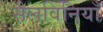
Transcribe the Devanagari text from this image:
सैलविनियाँ